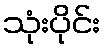
သုံးပိုင်း